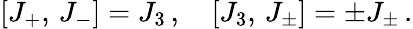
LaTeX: \left[J_{+},\, J_{-}\right]=J_{3}\, ,\quad\left[J_{3},\, J_{\pm}\right]=\pm J_{\pm}\, .